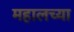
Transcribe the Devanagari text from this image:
महालच्या